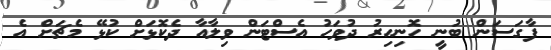
ފާގަސަން ބުނީ ހޮނިހިރު ދުވަހު އެސްޓަން ވިލާއާ ދެކޮޅަށް ކުޅޭ މެޗަށް އެ